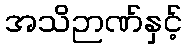
အသိဉာဏ်နှင့်